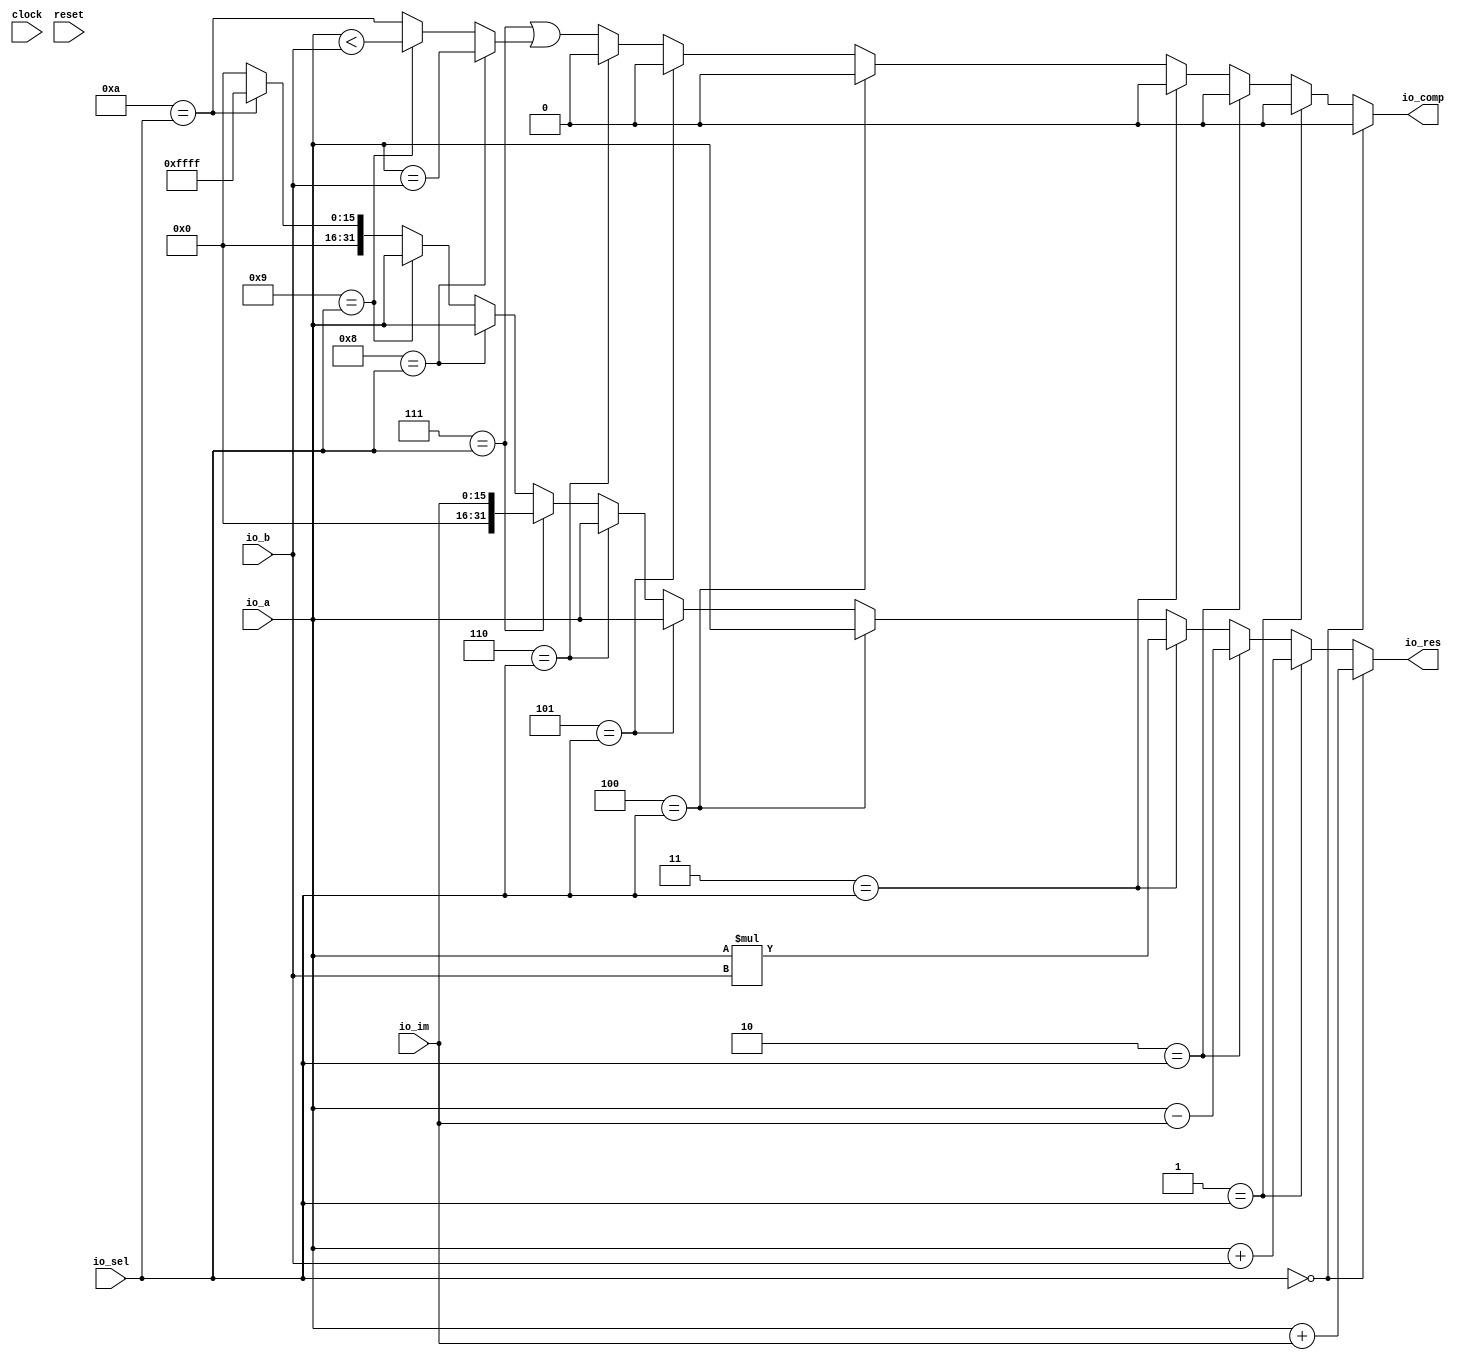
module ALU(
  input         clock,
  input         reset,
  input  [31:0] io_a,
  input  [31:0] io_b,
  input  [15:0] io_im,
  input  [3:0]  io_sel,
  output [31:0] io_res,
  output        io_comp
);
  wire  _T = 4'h0 == io_sel; // @[Conditional.scala 37:30]
  wire [31:0] _GEN_24 = {{16'd0}, io_im}; // @[ALU.scala 32:16]
  wire [31:0] _T_2 = io_a + _GEN_24; // @[ALU.scala 32:16]
  wire  _T_3 = 4'h1 == io_sel; // @[Conditional.scala 37:30]
  wire [31:0] _T_5 = io_a + io_b; // @[ALU.scala 35:16]
  wire  _T_6 = 4'h2 == io_sel; // @[Conditional.scala 37:30]
  wire [31:0] _T_8 = io_a - _GEN_24; // @[ALU.scala 38:16]
  wire  _T_9 = 4'h3 == io_sel; // @[Conditional.scala 37:30]
  wire [63:0] _T_10 = io_a * io_b; // @[ALU.scala 41:16]
  wire  _T_11 = 4'h4 == io_sel; // @[Conditional.scala 37:30]
  wire  _T_12 = 4'h5 == io_sel; // @[Conditional.scala 37:30]
  wire  _T_13 = 4'h6 == io_sel; // @[Conditional.scala 37:30]
  wire  _T_14 = 4'h7 == io_sel; // @[Conditional.scala 37:30]
  wire  _T_15 = 4'h8 == io_sel; // @[Conditional.scala 37:30]
  wire  _T_16 = io_a == io_b; // @[ALU.scala 62:14]
  wire  _T_17 = 4'h9 == io_sel; // @[Conditional.scala 37:30]
  wire  _T_18 = io_a < io_b; // @[ALU.scala 67:24]
  wire  _T_20 = 4'ha == io_sel; // @[Conditional.scala 37:30]
  wire [15:0] _GEN_2 = _T_20 ? 16'hffff : 16'h0; // @[Conditional.scala 39:67]
  wire [31:0] _GEN_4 = _T_17 ? io_a : {{16'd0}, _GEN_2}; // @[Conditional.scala 39:67]
  wire  _GEN_5 = _T_17 ? _T_18 : _T_20; // @[Conditional.scala 39:67]
  wire [31:0] _GEN_6 = _T_15 ? io_a : _GEN_4; // @[Conditional.scala 39:67]
  wire  _GEN_7 = _T_15 ? _T_16 : _GEN_5; // @[Conditional.scala 39:67]
  wire [31:0] _GEN_8 = _T_14 ? {{16'd0}, io_im} : _GEN_6; // @[Conditional.scala 39:67]
  wire  _GEN_9 = _T_14 | _GEN_7; // @[Conditional.scala 39:67]
  wire [31:0] _GEN_10 = _T_13 ? io_a : _GEN_8; // @[Conditional.scala 39:67]
  wire  _GEN_11 = _T_13 ? 1'h0 : _GEN_9; // @[Conditional.scala 39:67]
  wire [31:0] _GEN_12 = _T_12 ? io_a : _GEN_10; // @[Conditional.scala 39:67]
  wire  _GEN_13 = _T_12 ? 1'h0 : _GEN_11; // @[Conditional.scala 39:67]
  wire [31:0] _GEN_14 = _T_11 ? io_a : _GEN_12; // @[Conditional.scala 39:67]
  wire  _GEN_15 = _T_11 ? 1'h0 : _GEN_13; // @[Conditional.scala 39:67]
  wire [63:0] _GEN_16 = _T_9 ? _T_10 : {{32'd0}, _GEN_14}; // @[Conditional.scala 39:67]
  wire  _GEN_17 = _T_9 ? 1'h0 : _GEN_15; // @[Conditional.scala 39:67]
  wire [63:0] _GEN_18 = _T_6 ? {{32'd0}, _T_8} : _GEN_16; // @[Conditional.scala 39:67]
  wire  _GEN_19 = _T_6 ? 1'h0 : _GEN_17; // @[Conditional.scala 39:67]
  wire [63:0] _GEN_20 = _T_3 ? {{32'd0}, _T_5} : _GEN_18; // @[Conditional.scala 39:67]
  wire  _GEN_21 = _T_3 ? 1'h0 : _GEN_19; // @[Conditional.scala 39:67]
  wire [63:0] _GEN_22 = _T ? {{32'd0}, _T_2} : _GEN_20; // @[Conditional.scala 40:58]
  assign io_res = _GEN_22[31:0]; // @[ALU.scala 25:7 ALU.scala 32:11 ALU.scala 35:11 ALU.scala 38:11 ALU.scala 41:11 ALU.scala 46:11 ALU.scala 49:11 ALU.scala 52:11 ALU.scala 57:11 ALU.scala 61:11 ALU.scala 67:11 ALU.scala 72:12]
  assign io_comp = _T ? 1'h0 : _GEN_21; // @[ALU.scala 26:8 ALU.scala 58:12 ALU.scala 63:14 ALU.scala 68:14 ALU.scala 73:13]
endmodule